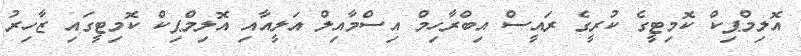
އޮލިމްޕިކް ކޮމިޓީގެ ކުރީގެ ރައީސް އިބްރާހިމް އިސްމާއިލް އަލީއާއި އޮލިމްޕިކް ކޮމިޓީގައި ޒާހިރު